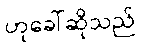
ဟုခေါ်ဆိုသည်